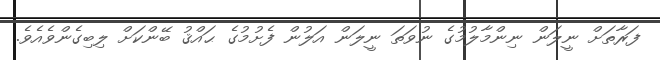
ފަރާތަށް ނީލަން ނިންމާލުމުގެ ނުވަތަ ނީލަން އަލުން ފެށުމުގެ ޙައްޤު ބޭންކަށް ލިބިގެންވެއެވެ.